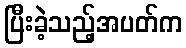
ပြီးခဲ့သည့်အပတ်က